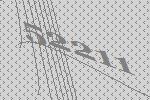
52211